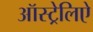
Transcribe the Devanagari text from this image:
ऑस्ट्रेलिऐ